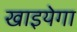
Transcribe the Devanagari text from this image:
खाइयेगा